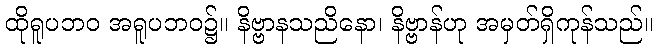
ထိုရူပဘဝ အရူပဘဝ၌။ နိဗ္ဗာနသညိနော၊ နိဗ္ဗာန်ဟု အမှတ်ရှိကုန်သည်။